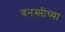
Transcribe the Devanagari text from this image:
वनस्प्तींच्या